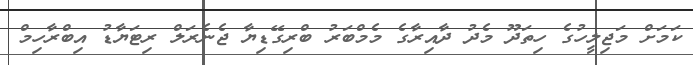
ކަމަށް މަޖިލީހުގެ ހިތަދޫ މެދު ދާއިރާގެ މެމްބަރު ބްރިގޭޑިޔާ ޖެނެރަލް ރިޓަޔާޑު އިބްރާހިމް